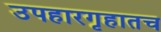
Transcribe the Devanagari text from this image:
उपहारगृहातच